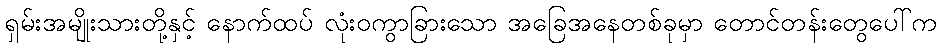
ရှမ်းအမျိုးသားတို့နှင့် နောက်ထပ် လုံးဝကွာခြားသော အခြေအနေတစ်ခုမှာ တောင်တန်းတွေပေါ်က